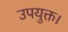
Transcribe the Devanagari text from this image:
उपयुक्त।